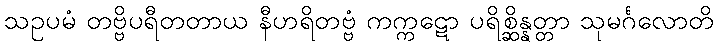
သဥပမံ တဗ္ဗိပရီတတာယ နီဟရိတဗ္ဗံ ကက္ကဋော ပရိစ္ဆိန္နတ္တာ သုမင်္ဂလောတိ